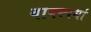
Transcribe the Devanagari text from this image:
वाक्स्पर्धा